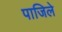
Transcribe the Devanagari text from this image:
पाजिले